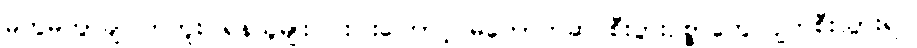
မကွဲမကွာချင်ကြဘူး၊ ရန်သူမျိုး ငါးပါးကြောင့် မတော်တဆ စီးပွားဥစ္စာတွေ ပျက်စီးသွားရင်